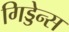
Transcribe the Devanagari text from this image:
गिड्डेन्स